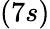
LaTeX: (7s)